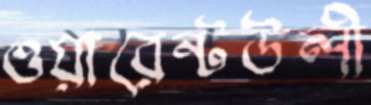
ওয়ারেন্টউলী